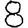
Digit: 8